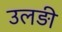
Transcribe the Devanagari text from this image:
उलड़ी